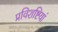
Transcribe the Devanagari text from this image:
प्रविशष्टियां